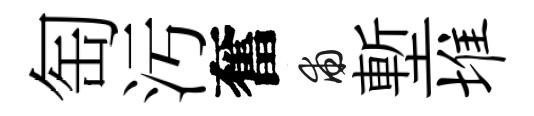
匋汚奮甫塹堆